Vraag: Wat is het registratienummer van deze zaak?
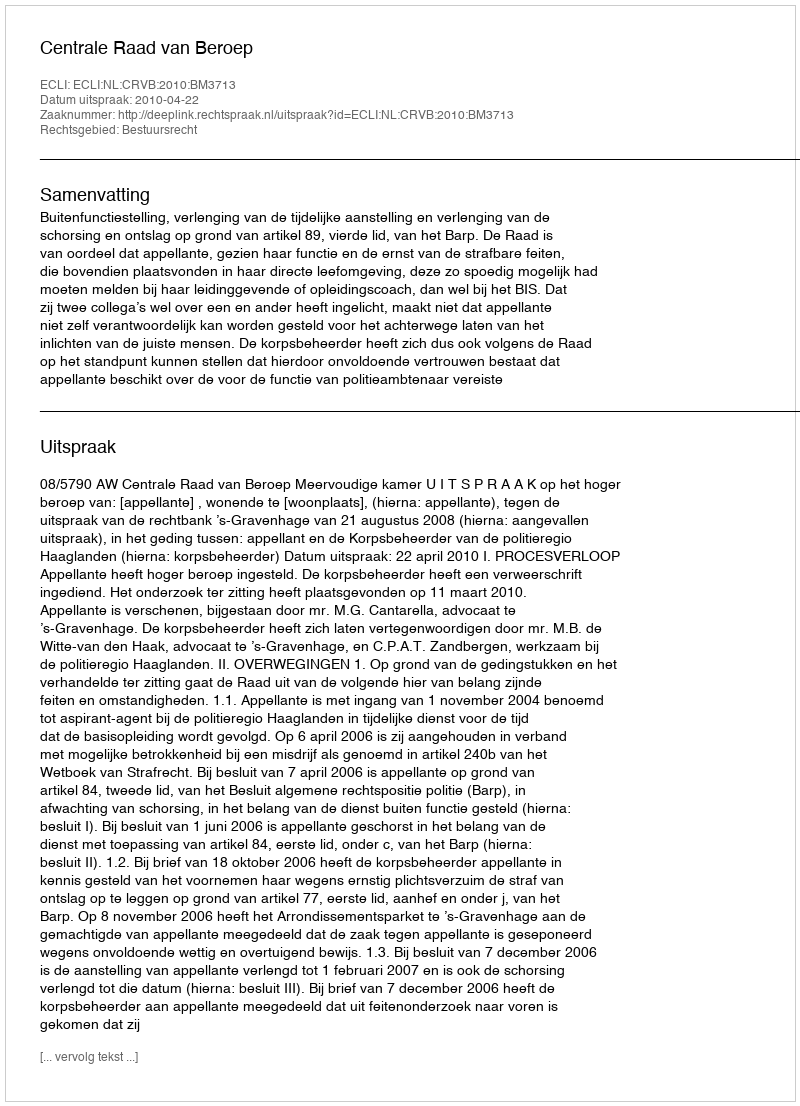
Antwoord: http://deeplink.rechtspraak.nl/uitspraak?id=ECLI:NL:CRVB:2010:BM3713